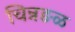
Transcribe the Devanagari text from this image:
चिन्नङळ